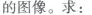
的图像。求：